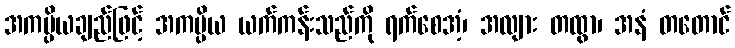
အကပ္ပိယချည်ဖြင့် အကပ္ပိယ ယက်ကန်းသည်ကို ရက်စေအံ့၊ အလျား တထွာ၊ အနံ တတောင်